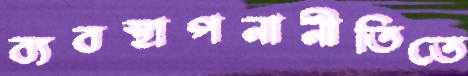
ব্যবস্থাপনানীতিতে